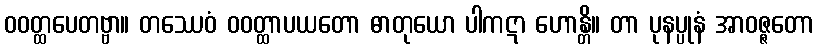
ဝဝတ္ထပေတဗ္ဗာ။ တဿေဝံ ဝဝတ္ထာပယတော ဓာတုယော ပါကဋာ ဟောန္တိ။ တာ ပုနပ္ပုနံ အာဝဇ္ဇတော